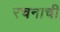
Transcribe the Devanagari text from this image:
रचनाची